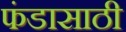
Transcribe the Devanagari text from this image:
फंडासाठी